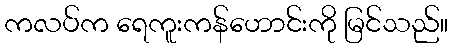
ကလပ်က ရေကူးကန်ဟောင်းကို မြင်သည်။